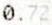
0.72